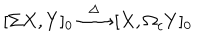
[ \Sigma X , Y ] _ { 0 } \stackrel { \Delta } { \longrightarrow } [ X , \Omega _ { c } Y ] _ { 0 }